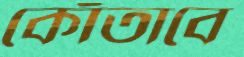
কোঁতাবে